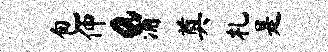
包伸a浦奠札是